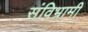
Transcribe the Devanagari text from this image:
संविभ्रामी